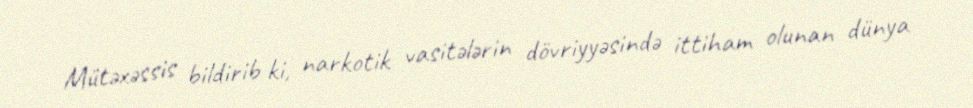
Mütəxəssis bildirib ki, narkotik vasitələrin dövriyyəsində ittiham olunan dünya